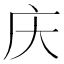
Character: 庆